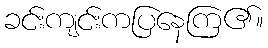
ခင်းကျင်းကပြနေကြ၏။